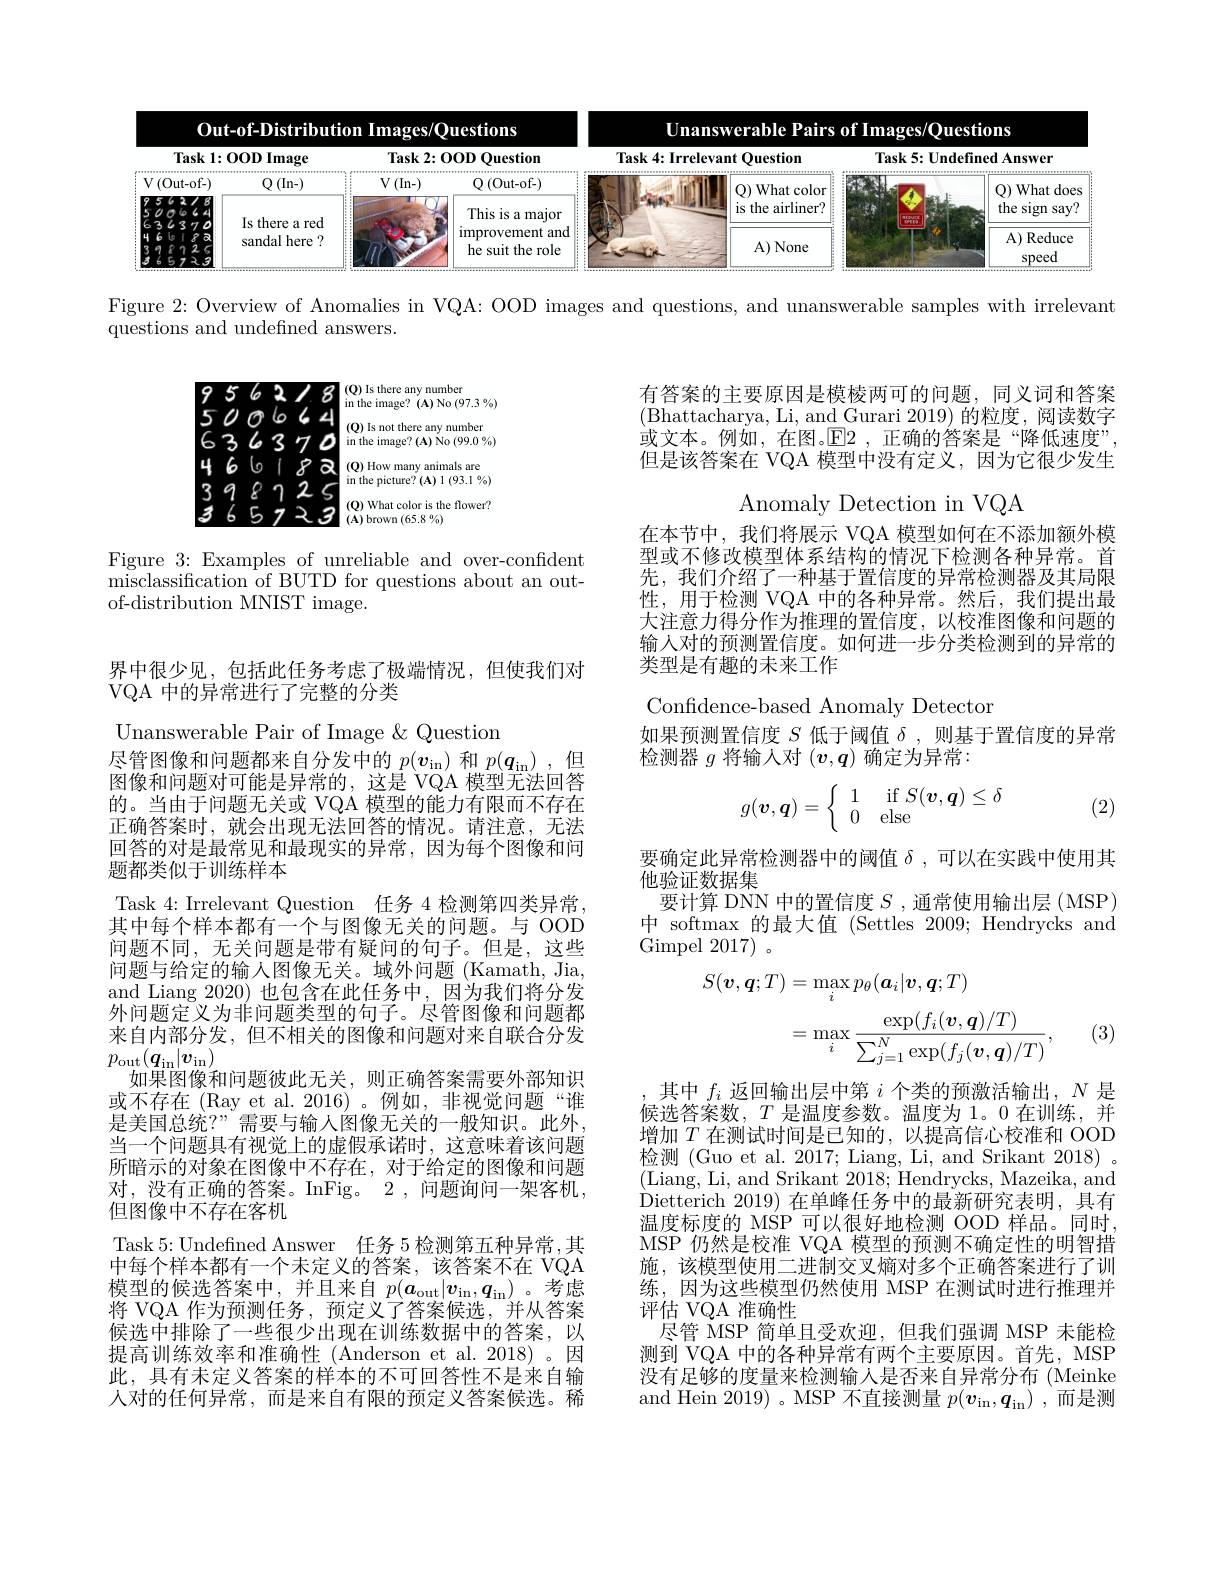
<FigureHere>

Figure 2: Overview of Anomalies in VQA: OOD images and questions, and unanswerable samples with irrelevant

questions and undefined answers.

有答案的主要原因是模棱两可的问题，同义词和答案(Bhattacharya, Li, and Gurari 2019) 的粒度，阅读数字或文本。例如，在图。$\mathbb{E}$2 ,正确的答案是“降低速度”, 但是该答案在 VQA 模型中没有定义，因为它很少发生

<FigureHere>

Anomaly Detection in VQA

Figure 3: Examples of unreliable and over-confident misclassification of BUTD for questions about an outof-distribution MNIST image.

在本节中，我们将展示 VQA 模型如何在不添加额外模型或不修改模型体系结构的情况下检测各种异常。首先，我们介绍了一种基于置信度的异常检测器及其局限性，用于检测 VQA 中的各种异常。然后，我们提出最大注意力得分作为推理的置信度，以校准图像和问题的输入对的预测置信度。如何进一步分类检测到的异常的类型是有趣的未来工作

## 界中很少见，包括此任务考虑了极端情况，但使我们对VQA 中的异常进行了完整的分类

Confidence-based Anomaly Detector
如果预测置信度$S$低于阈值$\delta$,则基于置信度的异常
检测器$g$将输入对$(\boldsymbol v,\boldsymbol{q})$确定为异常：
$$g(\boldsymbol{v},\boldsymbol{q})=\left\{\begin{array}{ll}1&\text{if}S(\boldsymbol{v},\boldsymbol{q})\leq\delta\\0&\text{else}\end{array}\right.$$
(2)

要确定此异常检测器中的阈值$\delta$ ,可以在实践中使用其
他验证数据集
要计算 DNN 中的置信度$S$ ,通常使用输出层(MSP) 中 softmax 的最大值 (Settles 2009; Hendrycks and $\mathop{\mathrm{Gimpel~2017}}$。
$$\begin{aligned}S(\boldsymbol{v},\boldsymbol{q};T)&=\max_{i}p_{\theta}(\boldsymbol{a}_{i}|\boldsymbol{v},\boldsymbol{q};T)\\&=\max_{i}\frac{\exp(f_{i}(\boldsymbol{v},\boldsymbol{q})/T)}{\sum_{j=1}^{N}\exp(f_{j}(\boldsymbol{v},\boldsymbol{q})/T)},\end{aligned}$$
(3)

Unanswerable Pair of Image &Question
尽管图像和问题都来自分发中的$p(\boldsymbol v_\mathrm{in})$和$p(\boldsymbol q_\mathrm{in})$ ,但图像和问题对可能是异常的，这是 VQA 模型无法回答的。当由于问题无关或 VQA 模型的能力有限而不存在正确答案时，就会出现无法回答的情况。请注意，无法回答的对是最常见和最现实的异常，因为每个图像和问题都类似于训练样本
Task 4: Irrelevant Question 任务 4 检测第四类异常其中每个样本都有一个与图像无关的问题。与 OOD 问题不同，无关问题是带有疑问的句子。但是，这些问题与给定的输入图像无关。域外问题 (Kamath, Jia, and Liang 2020) 也包含在此任务中，因为我们将分发外问题定义为非问题类型的句子。尽管图像和问题都来自内部分发，但不相关的图像和问题对来自联合分发$p_{\mathrm{out}}(\boldsymbol{q}_{\mathrm{in}}|\boldsymbol{v}_{\mathrm{in}})$
如果图像和问题彼此无关，则正确答案需要外部知识或不存在 (Ray et al. 2016) 。例如，非视觉问题“谁是美国总统？”需要与输人图像无关的一般知识。此外， 当一个问题具有视觉上的虚假承诺时，这意味着该问题所暗示的对象在图像中不存在，对于给定的图像和问题对，没有正确的答案。InFig。2,问题询问一架客机， 但图像中不存在客机
Task 5: Undefined Answer 任务 5 检测第五种异常，其中每个样本都有一个未定义的答案，该答案不在 VQA 模型的候选答案中，并且来自$p(a_\mathrm{out}|v_\mathrm{in},q_\mathrm{in})$ 。考虑将 VQA 作为预测任务，预定义了答案候选，并从答案候选中排除了一些很少出现在训练数据中的答案，以提高训练效率和准确性 (Anderson et al.2018)。因此，具有未定义答案的样本的不可回答性不是来自输人对的任何异常，而是来自有限的预定义答案候选。稀

其中$f_i$返回输出层中第$i$个类的预激活输出，$N$是候选答案数，$T$是温度参数。温度为 1。0 在训练，并增加$T$在测试时间是已知的，以提高信心校准和 OOD 检测 (Guo et al. 2017; Liang, Li, and Srikant 2018) 。(Liang, Li, and Srikant 2018; Hendrycks, Mazeika, and Dietterich 2019)在单峰任务中的最新研究表明，具有温度标度的 MSP 可以很好地检测 OOD 样品。同时， MSP 仍然是校准 VQA 模型的预测不确定性的明智措施，该模型使用二进制交叉熵对多个正确答案进行了训练，因为这些模型仍然使用 MSP 在测试时进行推理并评估 VQA 准确性
尽管 MSP 简单且受欢迎，但我们强调 MSP 未能检测到 VQA 中的各种异常有两个主要原因。首先，MSP 没有足够的度量来检测输人是否来自异常分布(Meinke and Hein 2019) 。MSP 不直接测量$p(\boldsymbol{v}_\mathrm{in},\boldsymbol{q}_\mathrm{in})$ ,而是测